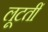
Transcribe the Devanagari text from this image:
लूटतीं